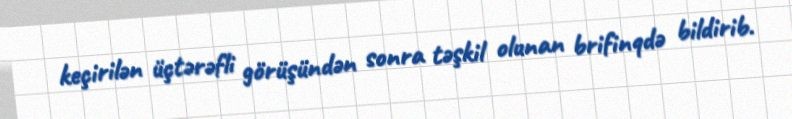
keçirilən üçtərəfli görüşündən sonra təşkil olunan brifinqdə bildirib.